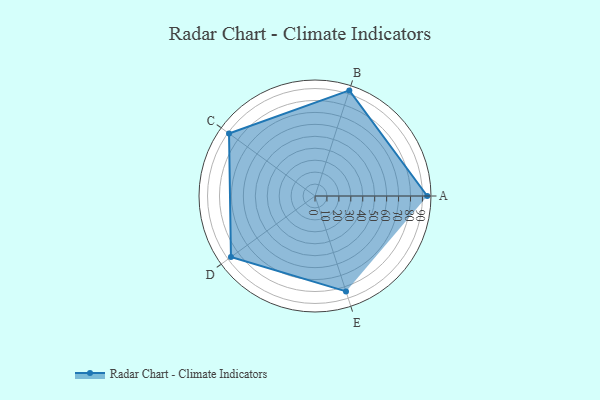
{"axis": {"x": "Skill", "y": "Score"}, "legend": ["Profile"], "data": [{"x": "A", "y": 94.0, "type": "Profile"}, {"x": "B", "y": 93.0, "type": "Profile"}, {"x": "C", "y": 89.0, "type": "Profile"}, {"x": "D", "y": 87.0, "type": "Profile"}, {"x": "E", "y": 84.0, "type": "Profile"}]}